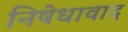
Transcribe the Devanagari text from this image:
निषेधावाद